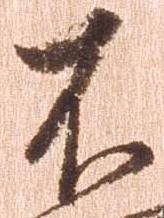
不